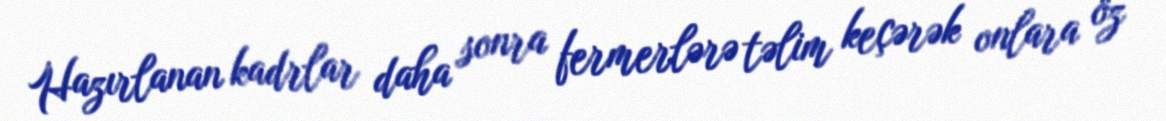
Hazırlanan kadrlar daha sonra fermerlərə təlim keçərək onlara öz